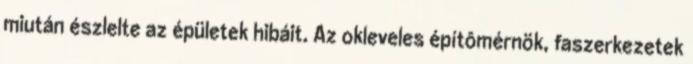
miután észlelte az épületek hibáit. Az okleveles építômérnök, faszerkezetek